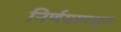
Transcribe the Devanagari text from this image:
निर्णयामधून